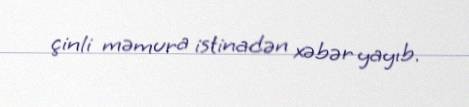
çinli məmura istinadən xəbər yayıb.